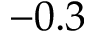
- 0 . 3